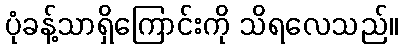
ပုံခန့်သာရှိကြောင်းကို သိရလေသည်။